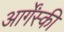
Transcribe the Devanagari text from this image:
आर्गेंस्की